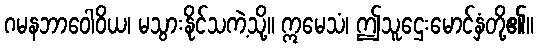
ဂမနဘာဝေါဝိယ၊ မသွားနိုင်သကဲ့သို့။ ဣမေသံ၊ ဤသူဌေးမောင်နှံတို့၏။